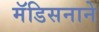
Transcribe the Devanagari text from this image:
मॅडिसनाने